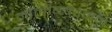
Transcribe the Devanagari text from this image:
मॉलीब्लेडनम